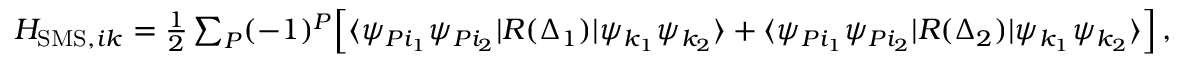
\begin{array} { r } { H _ { \mathrm { S M S } , i k } = \frac { 1 } { 2 } \sum _ { P } ( - 1 ) ^ { P } \Big [ \langle \psi _ { P i _ { 1 } } \psi _ { P i _ { 2 } } | R ( \Delta _ { 1 } ) | \psi _ { k _ { 1 } } \psi _ { k _ { 2 } } \rangle + \langle \psi _ { P i _ { 1 } } \psi _ { P i _ { 2 } } | R ( \Delta _ { 2 } ) | \psi _ { k _ { 1 } } \psi _ { k _ { 2 } } \rangle \Big ] \, , } \end{array}